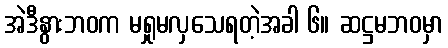
အဲဒီနွားဘဝက မရှုမလှသေရတဲ့အခါ ၆။ ဆဋ္ဌမဘဝမှာ